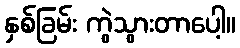
နှစ်ခြမ်း ကွဲသွားတာပေါ့။